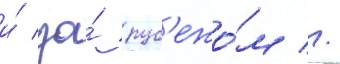
и́ за́ руб'ежо́м //